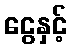
ငွေနှင့်